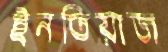
ইনতিয়াজ